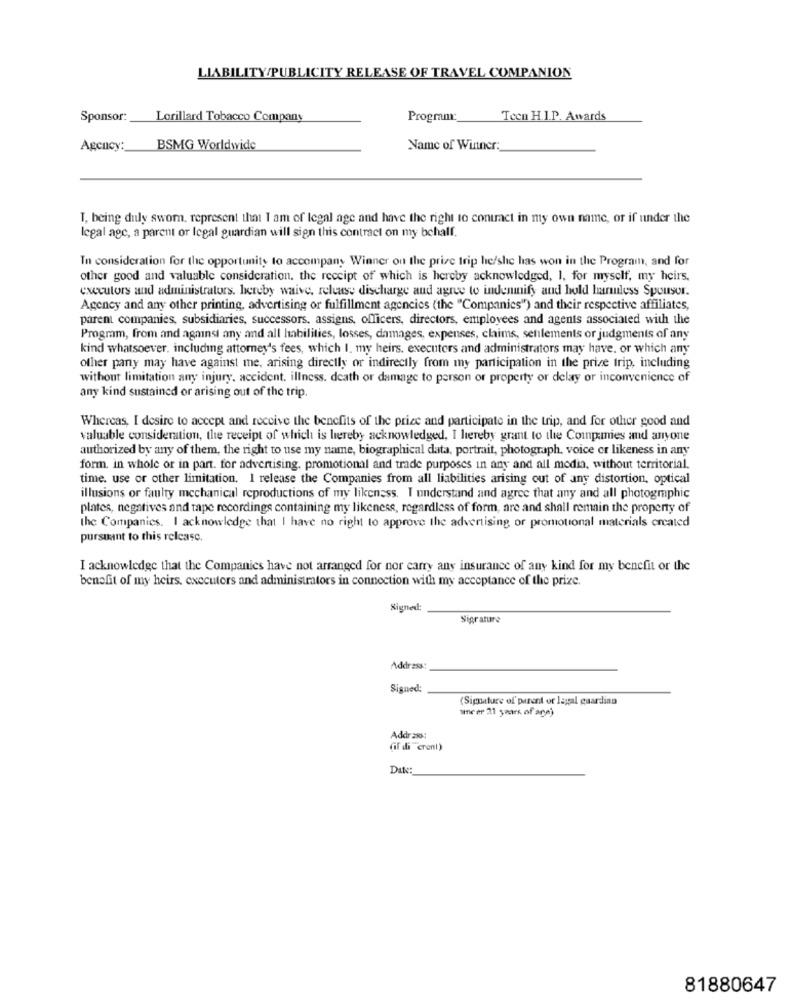
LIABILITY/PUBLICITY RELEASE OF TRAVEL COMPANION
Sponsor:
Lorillard Tobacco Company
Program:
Tecn H.I.P. Awards
Agency:
BSMG Worldwide
Name of Winner:
T, being duly swom, represent that I am of legal age and have the right to contract in my own name, or if under the
legal age, a parent or legal guardian will sign this contract on my behalf.
In consideration for the opportunity to accompany Winner on the prize trip he/she has won in the Program, and for
other good and valuable consideration. the receipt of which is hereby acknowledged, 1, for myself, my heirs.
executors and administrators. hereby waive, release discharge and agree to indemnify and hold harmless Spouser.
Agency and any other printing, advertising or fulfillment agencies (the "Companies") and their respective affiliates,
parent companies, subsidiaries, successors, assigns, officers, directors, employees and agents associated with the
Program, from and against any and all liabilities, losses, damages, expenses, claims, settlements or judgments of any
kind whatsoever, including attorney's fees, which I. my heirs, executors and administrators may have, or which any
other party may have against me, arising directly or indirectly from my participation in the prize trip, including
without limitation any injury, accident. illness. death or damage to person or property or delay or inconvenience of
any kind sustained or arising out of the trip.
Whereas, I desire to accept and receive the benefits of the prize and participate in the trip, and for other good and
valuable consideration, the receipt of which is hereby acknowledged, I hereby grant to the Companies and anyone
authorized by any of them, the right to use my name, biographical data, portrait, photograph, voice or likeness in any
form, in whole or in part. for advertising, promotional and trade purposes in any and all media, without territorial.
time. use or other limitation. 1 release the Companies from all liabilities arising out of any distortion, optical
illusions or faulty mechanical reproductions of my likeness. I understand and agree that any and all photographic
plates, negatives and tape recordings containing my likeness, regardless of form, are and shall remain the property of
the Companies. I acknowledge that I have no right to approve the advertising or promotional materials created
pursuant to this release.
I acknowledge that the Companies have not arranged for nor carry any insurance of any kind for my benefit or the
benefit of my heirs. executors and administrators in connection with my acceptance of the prize.
Signed:
Sigranare
Address:
Signed
(Sigature of parent or legal guardian
Address:
(if di crenl)
Dak
81880647